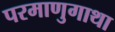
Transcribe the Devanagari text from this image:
परमाणुगाथा